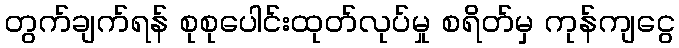
တွက်ချက်ရန် စုစုပေါင်းထုတ်လုပ်မှု စရိတ်မှ ကုန်ကျငွေ